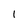
Character: 1